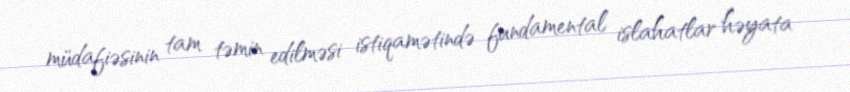
müdafiəsinin tam təmin edilməsi istiqamətində fundamental islahatlar həyata